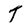
Character: T